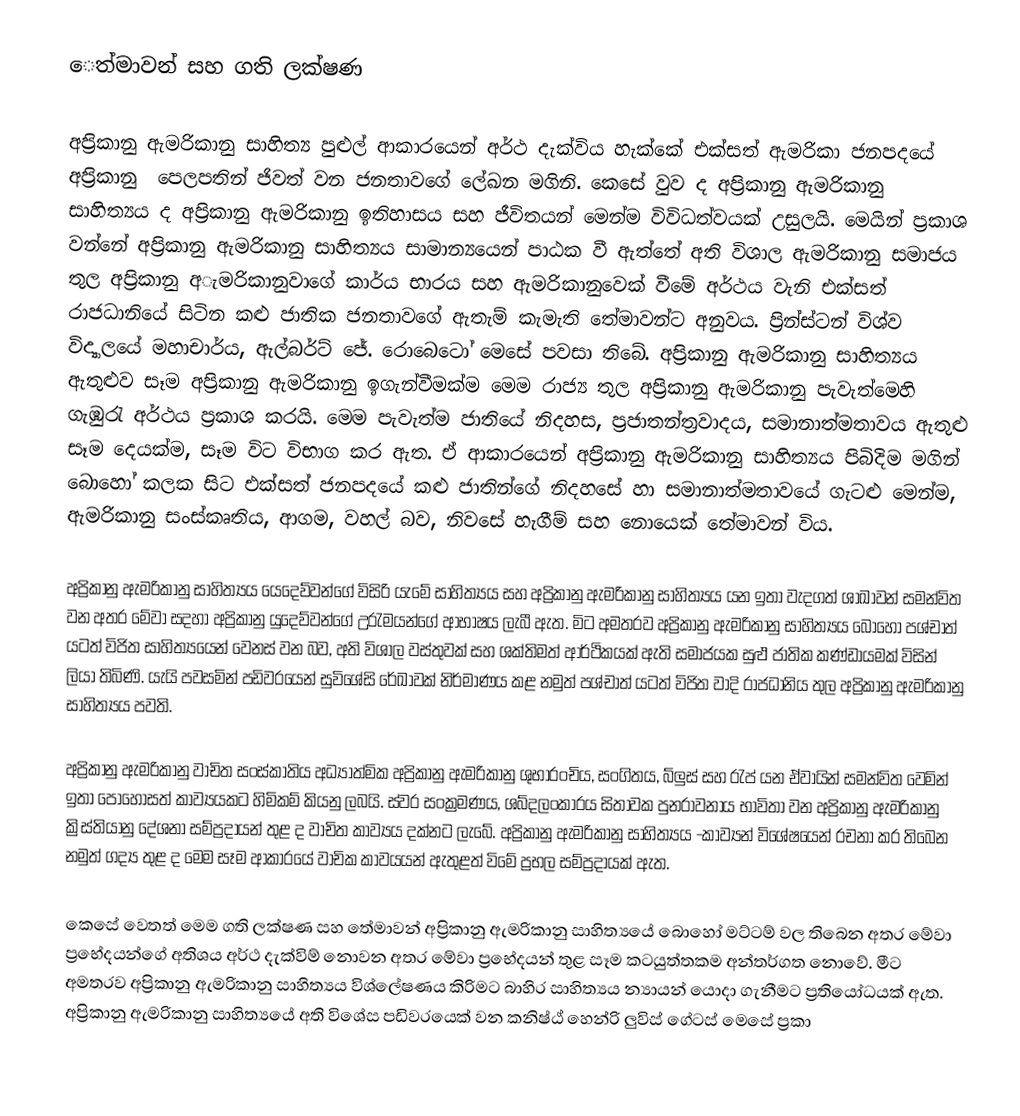
‍‍ෙත්මාවන් සහ ගති ලක්ෂණ

	අප්‍රිකානු ඇමරිකානු සාහිත්‍ය පුළුල් ආකාරයෙන් අර්ථ දැක්විය හැක්කේ එක්සත් ඇමරිකා ජනපදයේ අප්‍රිකානු ‍ පෙලපතින් ජිවත් වන ජනතාවගේ ලේඛන මගිනි. කෙසේ වුව ද අප්‍රිකානු ඇමරිකානු සාහිත්‍යය ද අප්‍රිකානු ඇමරිකානු ඉතිහාසය සහ ජීවිතයන් මෙන්ම විවිධත්වයක් උසුලයි. මෙයින් ප්‍රකාශ වන්නේ අප්‍රිකානු ඇමරිකානු සාහිත්‍යය සාමාන්‍යයෙන් පාඨක වී ඇත්තේ අති විශාල ඇමරිකානු සමාජය තුල අප්‍රිකානු අැමරිකානුවාගේ කාර්ය භාරය සහ ඇමරිකානුවෙක් වීමේ අර්ථය වැනි එක්සත් රාජධානියේ සිටින කළු ජාතික ජනතාවගේ ඇතැම් කැමැති තේමාවන්ට අනුවය. ප්‍රින්ස්ටන් විශ්ව විද්‍යාලයේ මහාචාර්ය, ඇල්බර්ට් ජේ. රොබෙටෝ මෙසේ පවසා තිබේ. අප්‍රිකානු ඇමරිකානු සාහිත්‍යය ඇතුළුව සෑම අප්‍රිකානු ඇමරිකානු ඉගැන්වීමක්ම මෙම රාජ්‍ය තුල අප්‍රිකානු ඇමරිකානු පැවැත්මෙහි ගැඹුරැ අර්ථය ප්‍රකාශ කරයි. මෙම පැවැත්ම ජාතියේ නිදහස, ප්‍රජාතන්ත්‍රවාදය, සමානාත්මතාවය ඇතුළු සෑම දෙයක්ම, සෑම විට විභාග කර ඇත. ඒ ආකාරයෙන් අප්‍රිකානු ඇමරිකානු සාහිත්‍යය පිබිදිම මගින් බොහෝ කලක සිට එක්සත් ජනපදයේ කළු ජාතින්ගේ නිදහසේ හා සමානාත්මතාවයේ ගැටළු මෙන්ම, ඇමරිකානු සංස්කෘතිය, ආගම, වහල් බව, නිවසේ හැගීම් සහ නොයෙක් තේමාවන් විය.

	අප්‍රිකානු ඇමරිකානු සාහිත්‍යය යෙදෙව්වන්ගේ විසිරි යැමේ සාහිත්‍යය සහ අප්‍රිකානු ඇමරිකානු සාහිත්‍යය යන ඉතා වැදගත් ශාඛාවන් සමන්විත වන අතර මේවා සදහා අප්‍රිකානු යුදෙව්වන්ගේ උරැමයන්ගේ ආභාෂය ලැබී ඇත. මිට අමතරව අප්‍රිකානු ඇමරිකානු සාහිත්‍යය බොහෝ පශ්චාත් යටත් විජිත සාහිත්‍යයෙන් වෙනස් වන බව, අති විශාල වස්තුවක් සහ ශක්තිමත් ආර්ථිකයක් ඇති සමාජයක සුළු ජාතික කණ්ඩායමක් විසින් ලියා තිබිණි. යැයි පවසමින් පඩිවරයෙන් සුවිශේසි රේඛාවක් නිර්මාණය කළ නමුත් පශ්චාත් යටත් විජිත වාදි රාජධානිය තුල අප්‍රිකානු ඇමරිකානු සාහිත්‍යය පවති.

	අප්‍රිකානු ඇමරිකානු වාචිත සංස්කාතිය අධ්‍යාත්මික අප්‍රිකානු ඇමරිකානු ශුභාරංචිය, සංගිතය, බ්ලුස් සහ රැප් යන ඒවායින් සමන්විත වෙමින් ඉතා පොහොසත් කාව්‍යයකට හිමිකම් කියනු ලබයි. ස්වර සංක්‍රමණය, ශබ්දලංකාරය සිතාවක පුනරාවනාය භාවිතා වන අප්‍රිකානු ඇමරිකානු ක්‍රිස්තියානු දේශනා සම්ප්‍රදායන් තුළ ද වාචිත කාව්‍යය දක්නට ලැබේ. අප්‍රිකානු ඇමරිකානු සාහිත්‍යය -කාව්‍යන් විශේෂයෙන් රචනා කර තිබෙන නමුත් ගද්‍ය තුළ ද මෙම සෑම ආකාරයේ වාචික කාවයයන් ඇතුළත් විමේ ප්‍රභල සම්ප්‍රදායක් ඇත.

	කෙසේ වෙතත් මෙම ගති ලක්ෂණ සහ තේමාවන් අප්‍රිකානු ඇමරිකානු  සාහිත්‍යයේ බොහෝ මට්ටම් වල තිබෙන අතර මේවා ප්‍රභේදයන්ගේ අතිශය අර්ථ දැක්විම් නොවන අතර මේවා ප්‍රභේදයන් තුළ සෑම කටයුත්තකම අන්තර්ගත නොවේ. මීට අමතරව අප්‍රිකානු ඇමරිකානු සාහිත්‍යය විශ්ලේෂණය කිරිමට බාහිර සාහිත්‍යය න්‍යායන් යොදා ගැනීමට ප්‍රතියෝධයක් ඇත. අප්‍රිකානු ඇමරිකානු සාහිත්‍යයේ අති විශේස පඩිවරයෙක් වන කනිෂ්ඨ්‍ හෙන්රි ලුවිස් ගේටස් මෙසේ ප්‍රකා